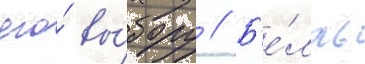
его́ вы́бору // Б'е́лль